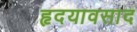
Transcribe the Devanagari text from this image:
हृदयावसाद